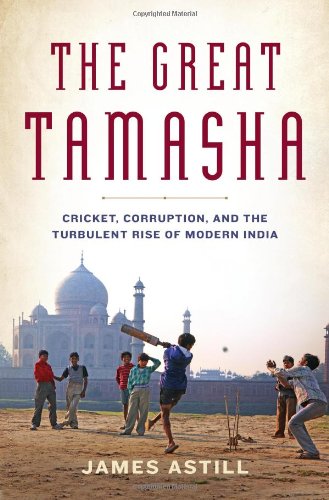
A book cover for The Great Tamasha: Cricket, Corruption, and the Turbulent Rise of Modern India; James Astill; Sports & Outdoors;